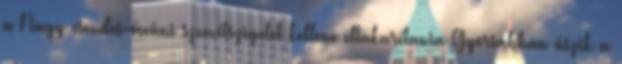
a Nagy csendes-óceáni szemétszigetet kellene eltakarítania Gyorsabban úszik a